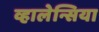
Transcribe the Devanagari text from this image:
व्हालेन्सिया